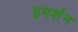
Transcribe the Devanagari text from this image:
इमर्शन